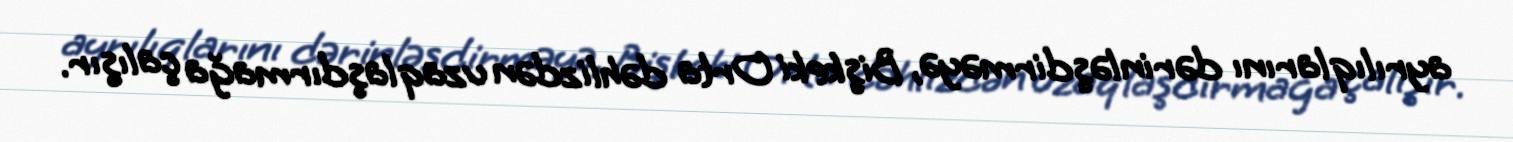
ayrılıqlarını dərinləşdirməyə, Bişkeki Orta dəhlizdən uzaqlaşdırmağa çalışır.